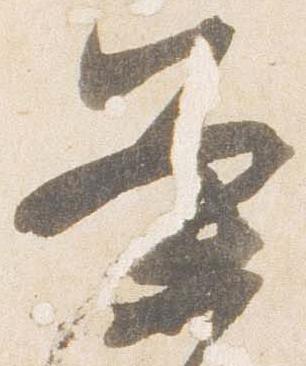
条